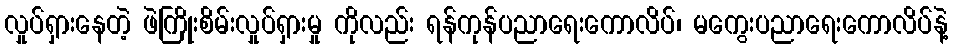
လှုပ်ရှားနေတဲ့ ဖဲကြိုးစိမ်းလှုပ်ရှားမှု ကိုလည်း ရန်ကုန်ပညာရေးကောလိပ်၊ မကွေးပညာရေးကောလိပ်နဲ့